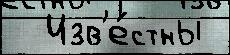
  Изв'е́стны